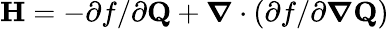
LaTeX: \mathbf{H}=-\partial f/\partial\textbf{Q}+\boldsymbol{\nabla}\cdot(\partial f/\partial\boldsymbol{\nabla}\textbf{Q})